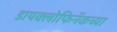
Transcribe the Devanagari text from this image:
डायक्लोफिनॅकच्या